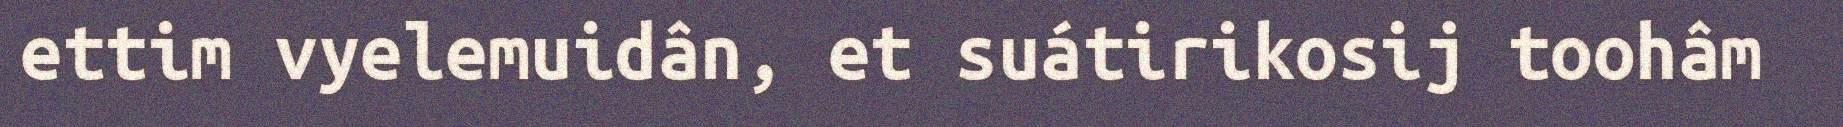
ettim vyelemuidân, et suátirikosij toohâm